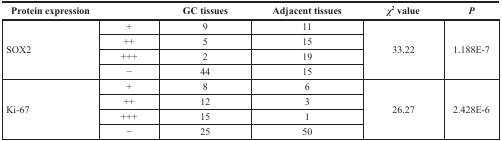
<table><thead><tr><td><b>Protein expression</b></td><td></td><td><b>GC tissues</b></td><td><b>Adjacent tissues</b></td><td><b><i>χ</i><sup>2</sup> value</b></td><td><b><i>P</i></b></td></tr></thead><tbody><tr><td rowspan="4">SOX2</td><td>+</td><td>9</td><td>11</td><td rowspan="4">33.22</td><td rowspan="4">1.188E-7</td></tr><tr><td>++</td><td>5</td><td>15</td></tr><tr><td>+++</td><td>2</td><td>19</td></tr><tr><td>−</td><td>44</td><td>15</td></tr><tr><td rowspan="4">Ki-67</td><td>+</td><td>8</td><td>6</td><td rowspan="4">26.27</td><td rowspan="4">2.428E-6</td></tr><tr><td>++</td><td>12</td><td>3</td></tr><tr><td>+++</td><td>15</td><td>1</td></tr><tr><td>−</td><td>25</td><td>50</td></tr></tbody></table>